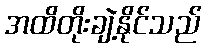
အထိတိုးချဲ့နိုင်သည်